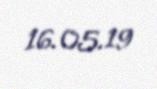
16.05.19